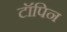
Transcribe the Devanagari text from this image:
टॉपिन